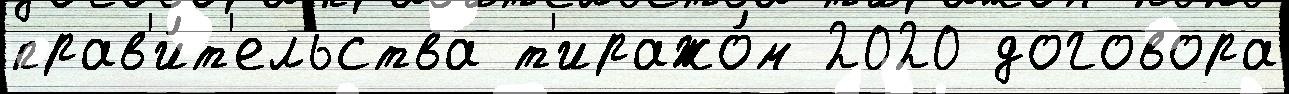
прав'и́т'ельства т'иражо́м 2020 договора